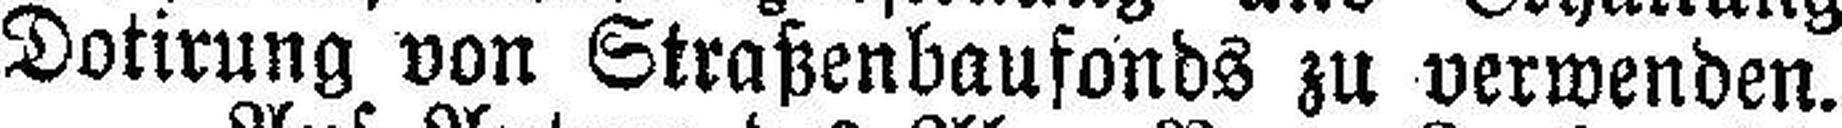
Dotirung von Straßenbaufonds zu verwenden.